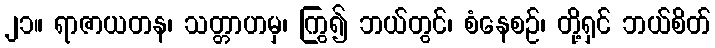
၂၁။ ရာဇာယတန၊ သတ္တာဟမှ၊ ကြွ၍ ဘယ်တွင်၊ စံနေစဉ်၊ တို့ရှင် ဘယ်စိတ်